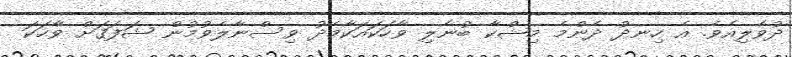
ދުވެލިއެވެ. އެ ހިނދު ދެންމެ މިޝްކާ ބުނެލި ވާހަކައަކާމެދު ވިސްނާލެވުމުން ޝަފަޤަށް ވާހަކަ